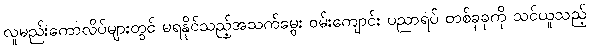
လူမည်းကောလိပ်များတွင် မရနိုင်သည့်အသက်မွေး ဝမ်းကျောင်း ပညာရပ် တစ်ခုခုကို သင်ယူသည့်